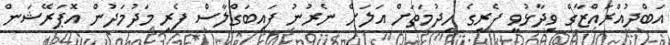
އަބްދުއްރައްޒާގް ވިދާޅުވީ ފެރީގެ ހިދުމަތަށް އަލަށް ނެރުނު ފައިބަގްލާސް ފެރީ މަދުމަދުން އޮޕަރޭޝަން